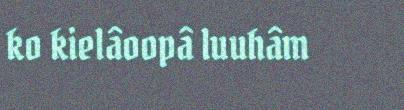
ko kielâoopâ luuhâm